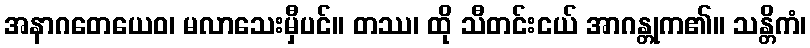
အနာဂတေယေဝ၊ မလာသေးမှီပင်။ တဿ၊ ထို သီတင်းငယ် အာဂန္တုက၏။ သန္တိကံ၊